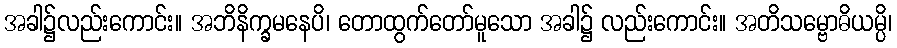
အခါ၌လည်းကောင်း။ အဘိနိက္ခမနေပိ၊ တောထွက်တော်မူသော အခါ၌ လည်းကောင်း။ အတိသမ္ဗောဓိယမ္ပိ၊